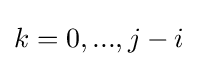
k=0,...,j-i